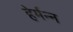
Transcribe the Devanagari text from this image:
हेर्मन्न